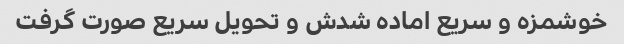
خوشمزه و سریع اماده شدش و تحویل سریع صورت گرفت